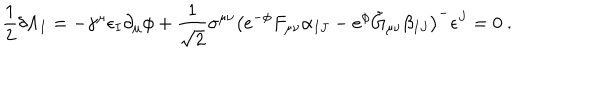
\frac { 1 } { 2 } \delta \Lambda _ { I } = - \gamma ^ { \mu } \epsilon _ { I } \partial _ { \mu } \phi + \frac { 1 } { \sqrt 2 } \sigma ^ { \mu \nu } \left( e ^ { - \phi } F _ { \mu \nu } \alpha _ { I J } - e ^ { \phi } \tilde { G } _ { \mu \nu } \beta _ { I J } \right) ^ { - } \epsilon ^ { J } = 0 \ .